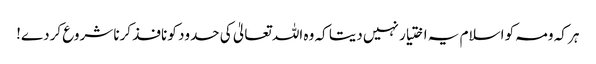
ہر کہ ومہ کو اسلام یہ اختیار نہیں دیتا کہ وہ اللہ تعالیٰ کی حدود کو نافذ کرنا شروع کردے!